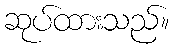
ဆုပ်ထားသည်။